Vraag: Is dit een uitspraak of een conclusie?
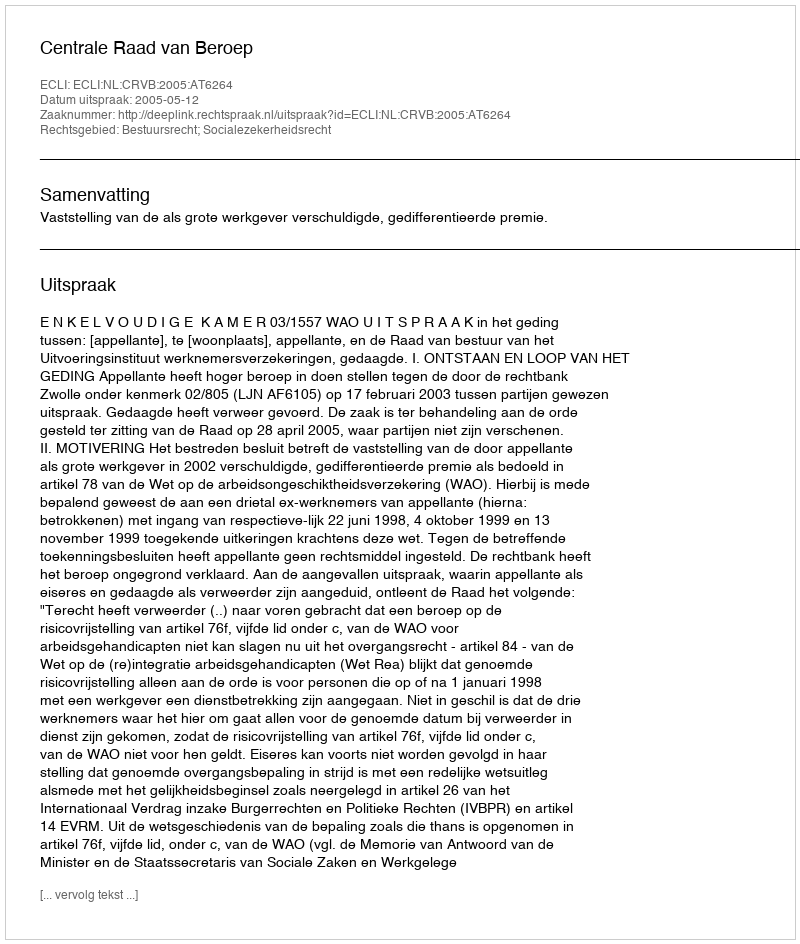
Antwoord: Uitspraak